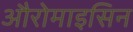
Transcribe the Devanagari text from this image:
औरोमाइसिन